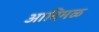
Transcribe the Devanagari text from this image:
आदिमळ